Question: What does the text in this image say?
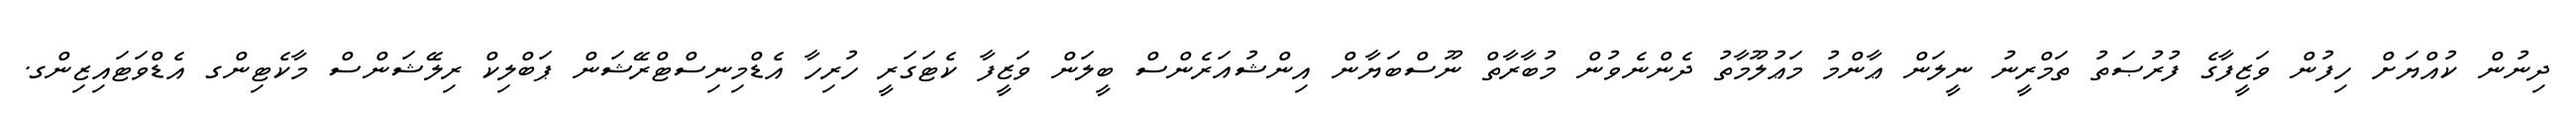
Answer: ދިނުން ކުއްޔަށް ހިފުން ވަޒީފާގެ ފުރުޞަތު ތަމްރީނު ނީލަން ޢާންމު މަޢުލޫމާތު ދެންނެވުން މުބާރާތް ނޫސްބަޔާން އިންޝުއަރެންސް ބީލަން ވަޒީފާ ކެޓަގަރީ ހުރިހާ އެޑްމިނިސްޓްރޭޝަން ޕަބްލިކް ރިލޭޝަންސް މާކެޓިންގ އެޑްވަޓައިޒިންގ.